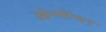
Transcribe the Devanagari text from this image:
ओम्नीचर